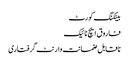
بینکنگ کورٹ
فاروق ایچ نائیک
ناقابل ضمانت وارنٹ گرفتاری